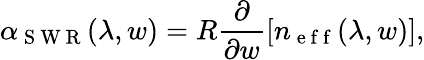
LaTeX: \alpha_{\mathrm{~S~W~R~}}(\lambda,w)=R\frac{\partial}{\partial w}\left[n_{\mathrm{~e~f~f~}}(\lambda,w)\right],